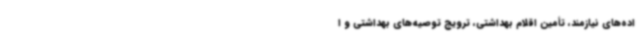
اده‌های نیازمند، تأمین اقلام بهداشتی، ترویج توصیه‌های بهداشتی و ا